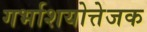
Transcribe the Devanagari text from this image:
गर्भाशयोत्तेजक